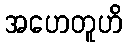
အဟေတူဟိ